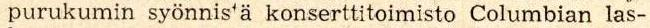
purukumin syönnis'ä konserttitoimisto Columbian las-